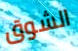
الشوق